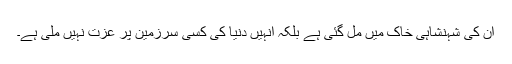
ان کی شہنشاہی خاک میں مل گئی ہے بلکہ انہیں دنیا کی کسی سرزمین پر عزت نہیں ملی ہے۔